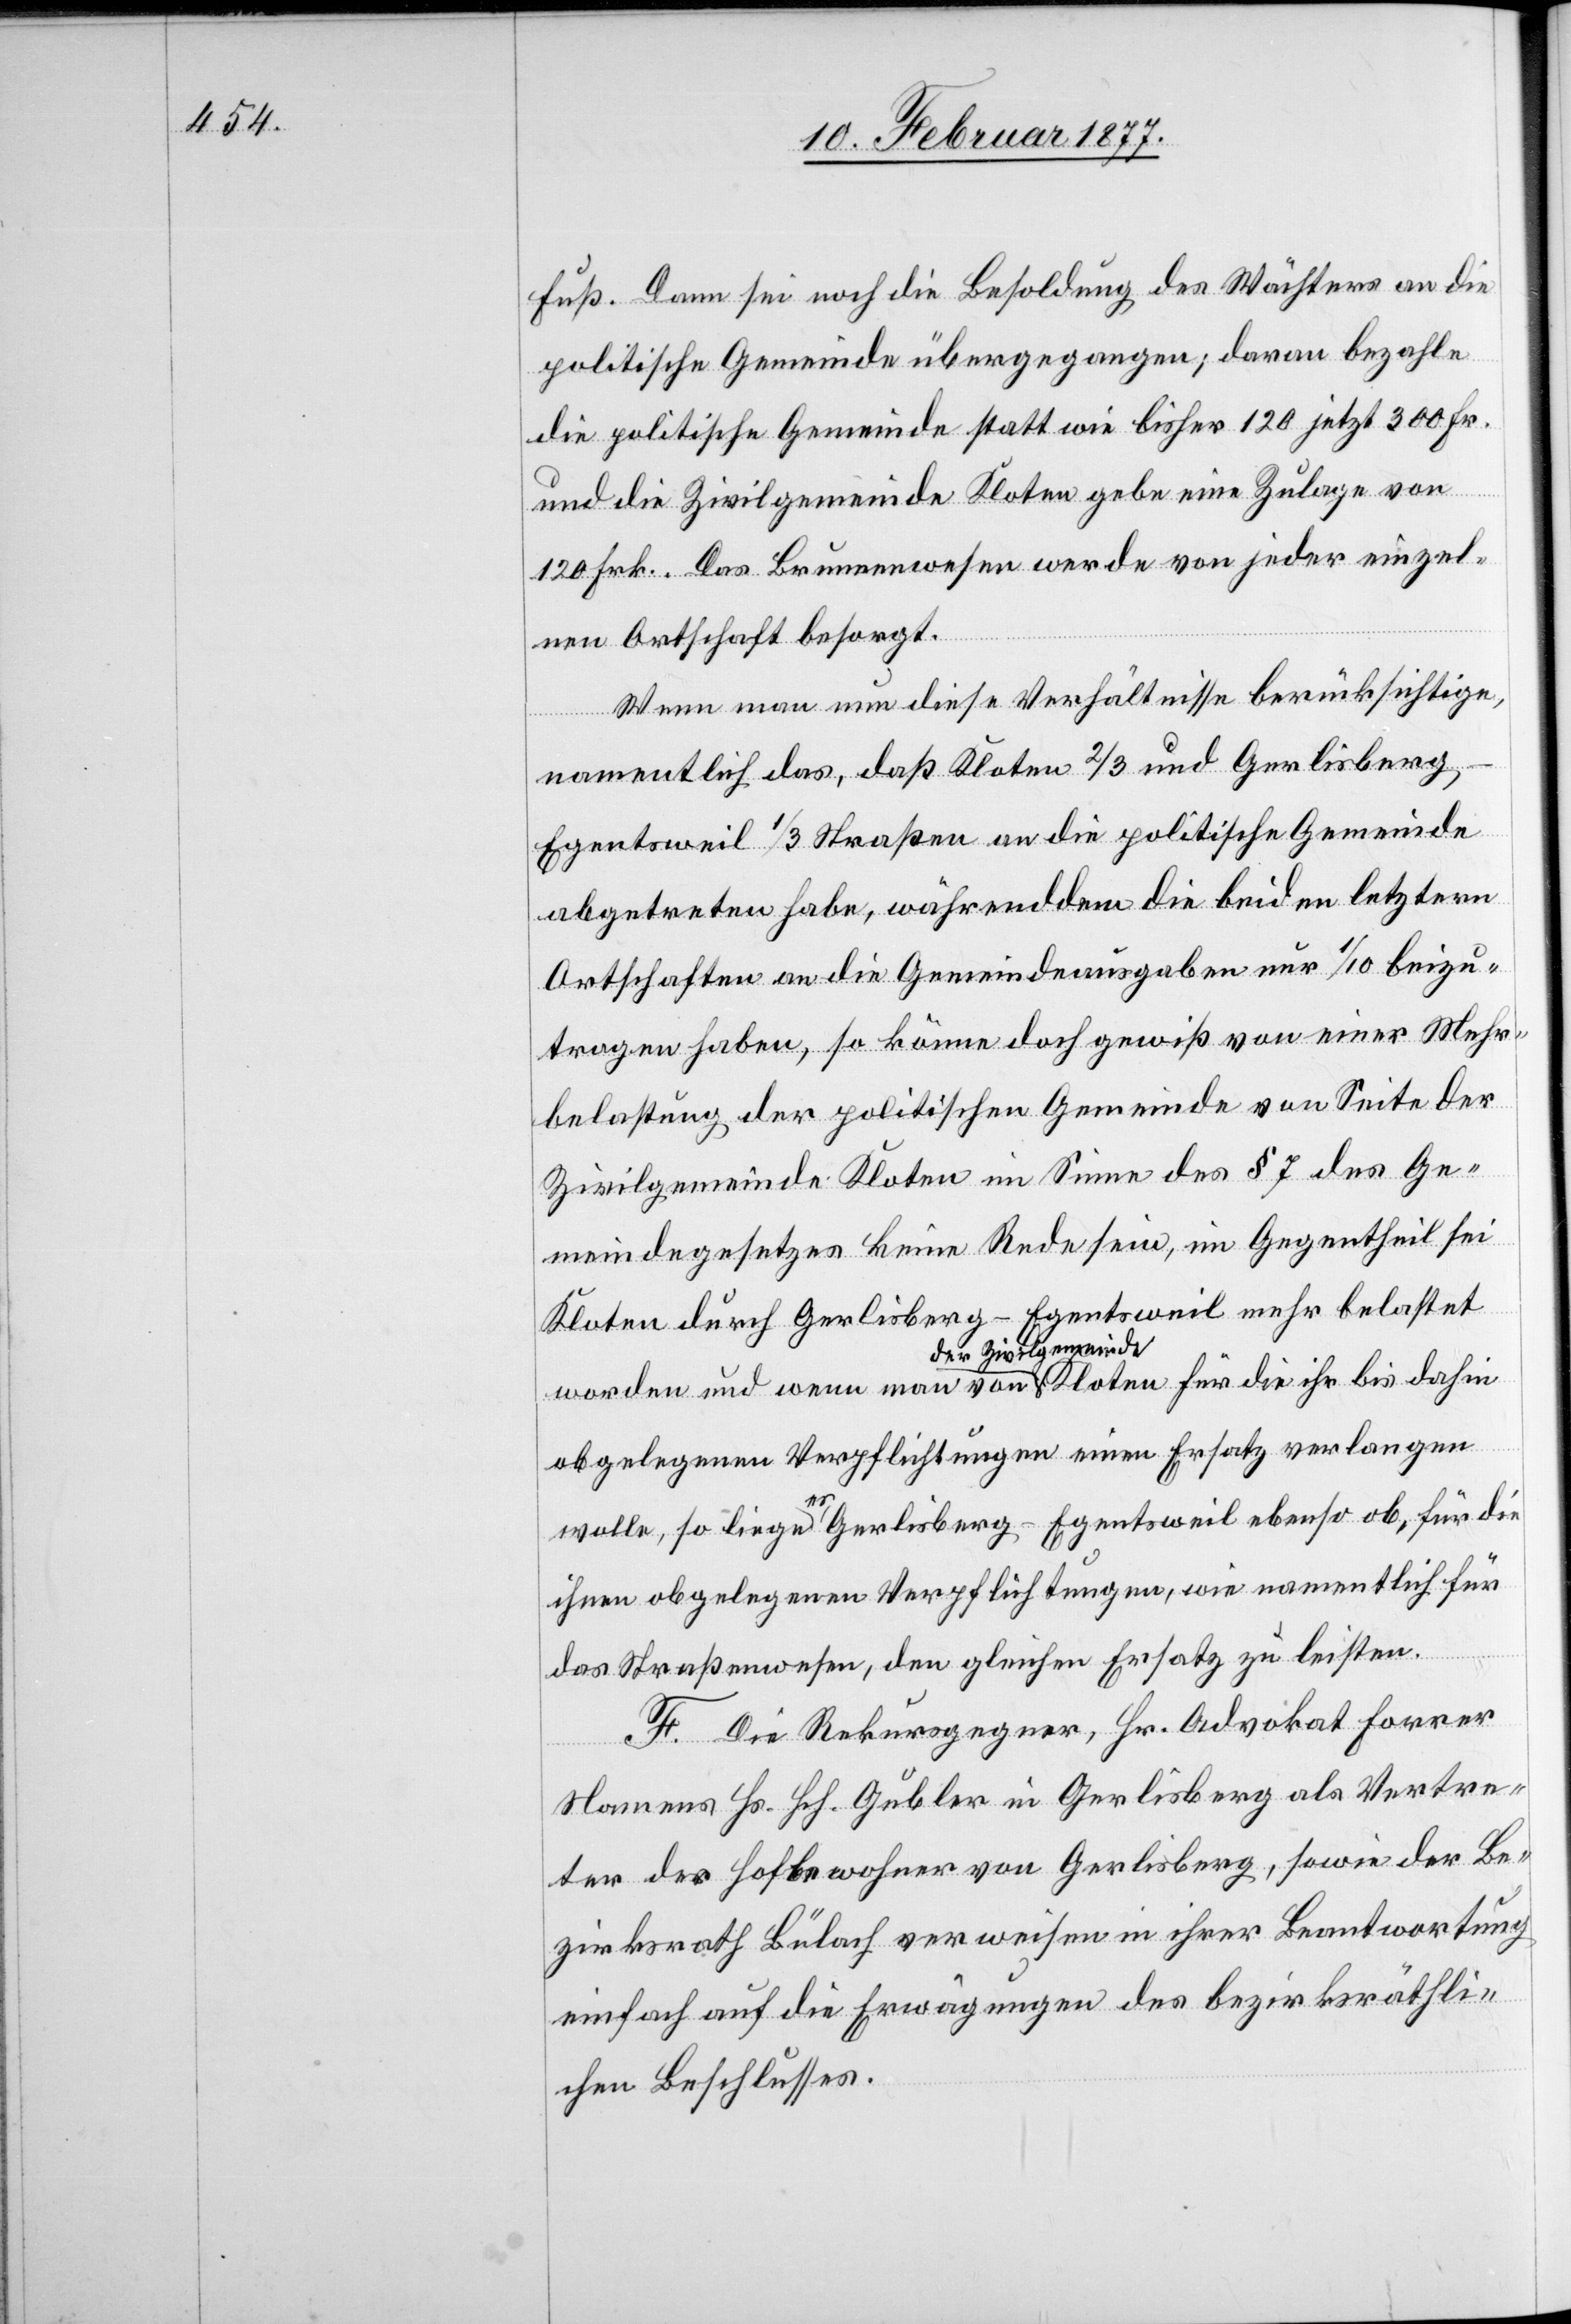
Fuß. Dann sei noch die Besoldung des Wächters an die
politische Gemeinde übergegangen; daran bezahle
die politische Gemeinde statt wie bisher 120 jetzt 300 Fr.
und
und die Zivilgemeinde Kloten gebe eine Zulage von
120 Frk. Das Brunnenwesen werde von jeder einzel¬
nen Ortschaft besorgt.
Wenn man nun diese Verhältnisse berücksichtige,
dahin
namentlich das, daß Kloten 2/3 und Gerlisber¬
g-Egentsweil [sic!] 1/3 Straßen an die politische Gemeinde
abgetreten habe, während dem die beiden letztern
Ortschaften an die Gemeindeausgaben nur 1/10 beizu¬
tragen haben, so könne doch gewiß von einer Mehr¬
belastung der politischen Gemeinde von Seite der
Zivilgemeinde Kloten im Sinne des § 7 des Ge¬
meindegesetzes keine Rede sein, im Gegentheil sei
Kloten durch Gerlisberg-Egentsweil mehr belastet
der Zivilgemeinde
obgelegenen Verpflichtungen einen Ersatz verlangen
wolle, so liege es- Gerlisberg-Egentsweil ebenso ob, für die
ihnen obgelegenen Verpflichtungen, wie namentlich für
das Straßenwesen, den gleichen Ersatz zu leisten.
F. Die Rekursgegner, Hr. Advokat Forrer
Namens Hs. Hch. Gubler in Gerlisberg als Vertre¬
ter der Hofbewohner von Gerlisberg, sowie der Be¬
zirksrath Bülach verweisen in ihrer Beantwortung
einfach auf die Erwägungen des bezirksräthli¬
chen Beschlusses.